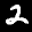
Label: 2